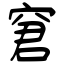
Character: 窘